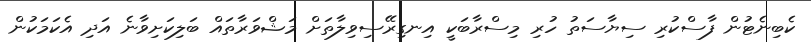
ކެބިނެޓުން ފާސްކުރި ސިޔާސަތު ހުރި މިސްރާބަކީ އިނގިރޭސިވިލާތަށް މަޝްވަރާތައް ބަލިކަށިވާނެ އަދި އެކަމަކުން